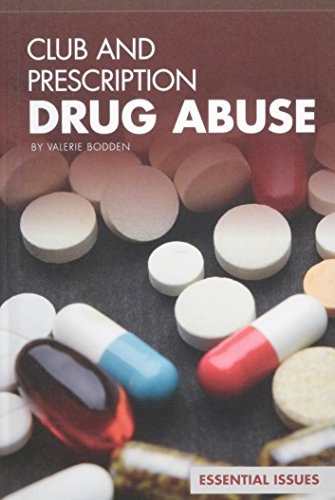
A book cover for Club and Prescription Drug Abuse (Essential Issues Set 4); Valerie Bodden; Teen & Young Adult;